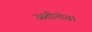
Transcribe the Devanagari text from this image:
उस्तीनोवा